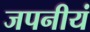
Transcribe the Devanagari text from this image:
जपनीयं